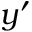
y ^ { \prime }